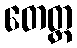
တေတ္ထ